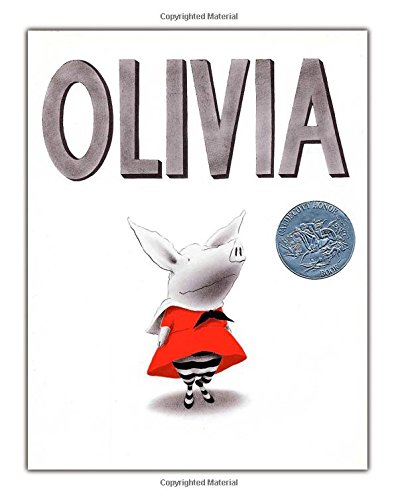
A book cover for Olivia; Ian Falconer; Children's Books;